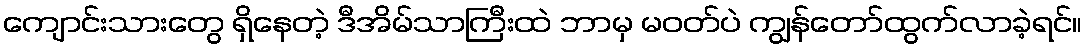
ကျောင်းသားတွေ ရှိနေတဲ့ ဒီအိမ်သာကြီးထဲ ဘာမှ မဝတ်ပဲ ကျွန်တော်ထွက်လာခဲ့ရင်။